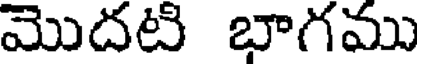
మొదటి భాగము